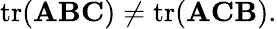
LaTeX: \operatorname{tr}(\mathbf{A}\mathbf{B}\mathbf{C})\neq\operatorname{tr}(\mathbf{A}\mathbf{C}\mathbf{B}).